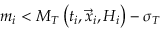
m _ { i } < M _ { T } \left( t _ { i } , \vec { x } _ { i } , { \cal H } _ { i } \right) - \sigma _ { T }